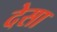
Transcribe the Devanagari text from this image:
देसा